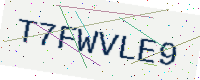
Text: T7FWVLE9